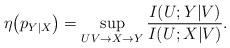
LaTeX: \begin{align*} \eta\big(p_{Y|X}\big) =\sup_{UV\rightarrow X\rightarrow Y}\frac{I(U;Y|V)}{I(U;X|V)}.\end{align*}